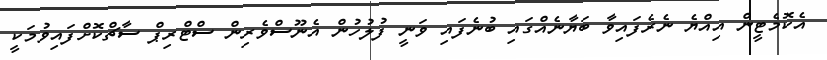
އެކޮމެޓީން އިއްޔެ ނެރެފައިވާ ބަޔާނެއްގައި ބުނެފައި ވަނީ ފުލުހުން އެނޫސްވެރިން ސްޓްރިޕް ސާޗްކޮށްފައިވުމަކީ